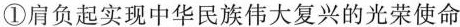
①肩负起实现中华民族伟大复兴的光荣使命